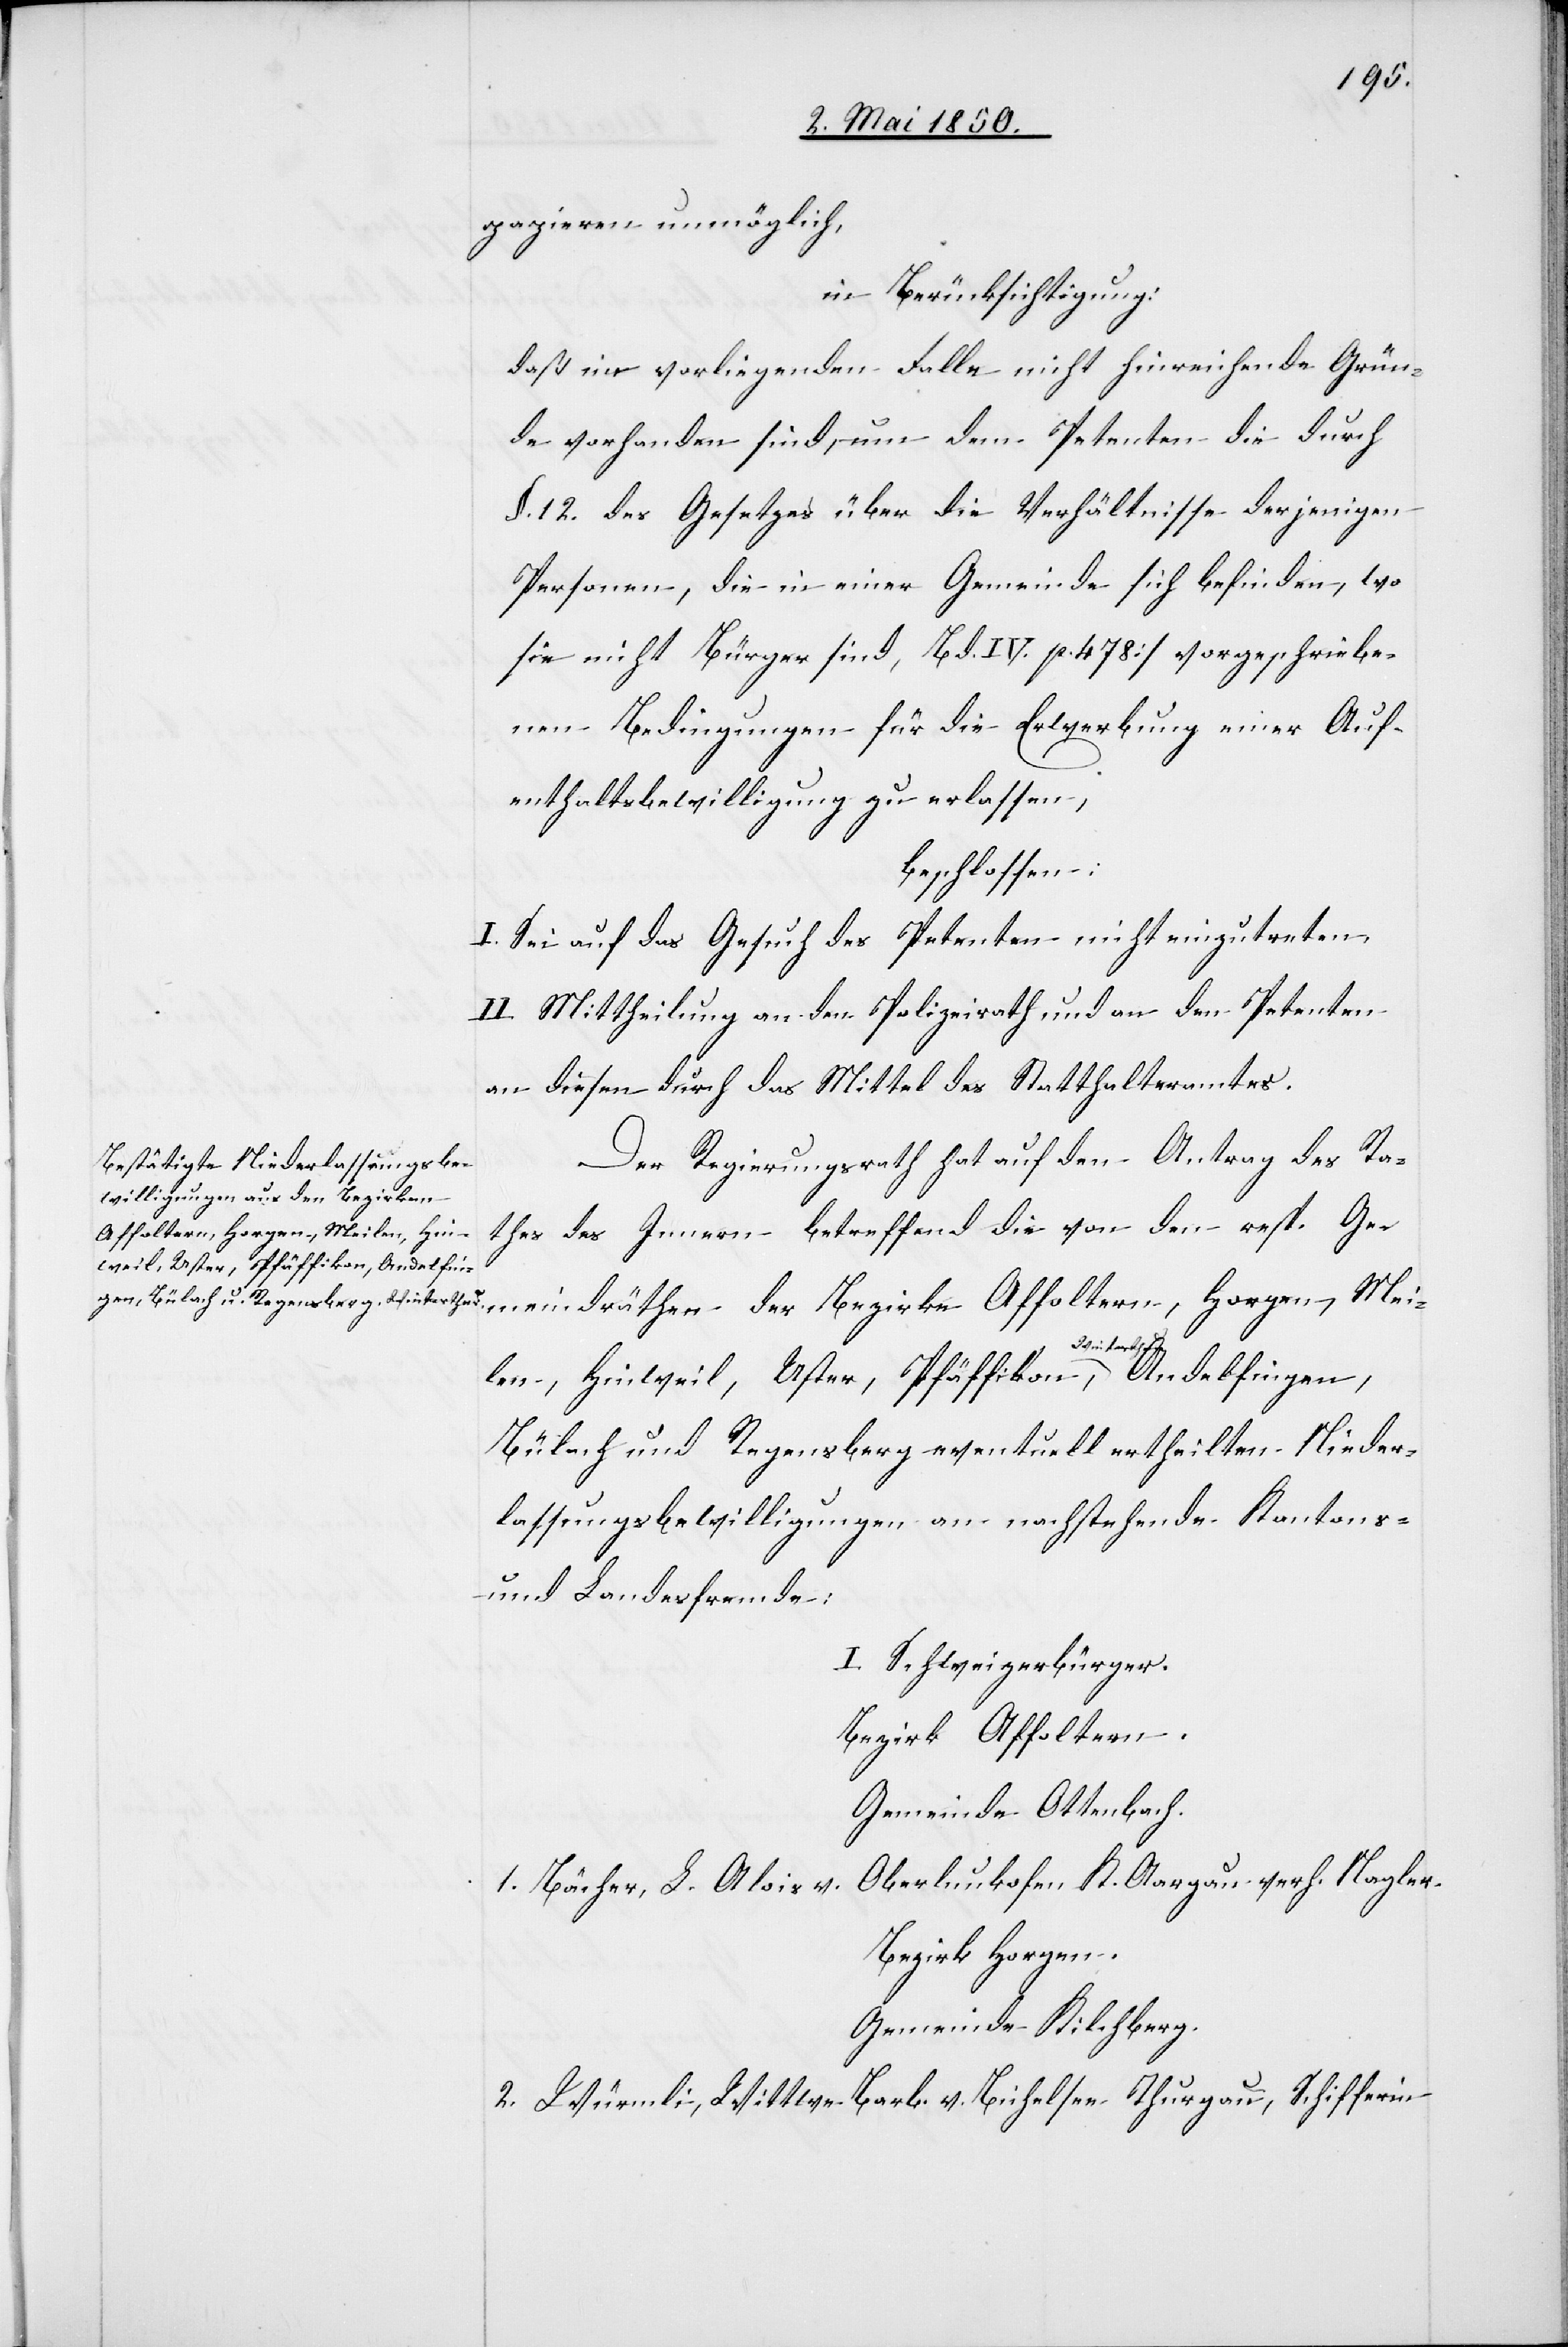
papieren unmöglich,
in Berücksichtigung:
daß im vorliegenden Falle nicht hinreichende Grün¬
de vorhanden sind, um dem Petenten die durch
§. 12. des Gesetzes über die Verhältnisse derjenigen
Personen, die in einer Gemeinde sich befinden, wo
sie nicht Bürger sind, []Bd. IV. p. 478] vorgeschriebe¬
nen Bedingungen für die Erwerbung einer Auf¬
enthaltsbewilligung zu erlassen,
beschlossen:
I. Sei auf das Gesuch des Petenten nicht einzutreten.
II. Mittheilung an den Polizeirath und an den Petenten
an diesen durch das Mittel des Statthalteramtes.
Der Regierungsrath hat auf den Antrag des Ra¬
thes des Innern betreffend die von den resp. Ge¬
Affoltern, Horgen, Meilen,
Hinweil, Uster, Pfäffikon, Winterthur,
meindräthen der
Bülach und Regensberg eventuell ertheilten Nieder¬
lassungsbewilligungen an nachstehende Kantons-
und Landesfremde:
I. Schweizerbürger.
Bezirk Affoltern.
Gemeinde Ottenbach.
Oberlunkofen K. Aargau verh. Nagler.
1. Bächer, L. Alois v.
Bezirk Horgen.
Gemeinde Kilchberg.
2. Würmli, Wittwe Barb. v. Bichelsee Thurgau, Schifferin